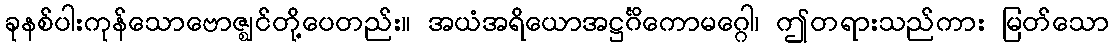
ခုနစ်ပါးကုန်သောဗောဇ္ဈင်တို့ပေတည်း။ အယံအရိယောအဋ္ဌင်္ဂိကောမဂ္ဂေါ၊ ဤတရားသည်ကား မြတ်သော